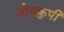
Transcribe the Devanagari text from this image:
शोधकुपी